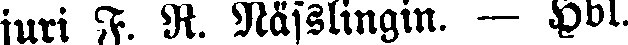
juri F. R. Nässlingin. — Hbl.